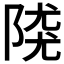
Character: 𨺖